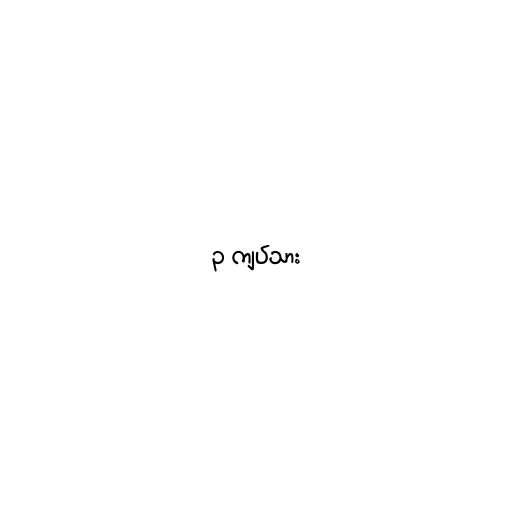
၃ ကျပ်သား